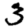
Digit: 3